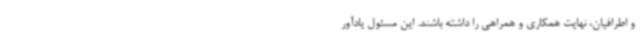
و اطرافیان، نهایت همکاری و همراهی را داشته باشند. این مسئول یادآور